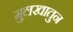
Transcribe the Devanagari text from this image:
मुलखातुन